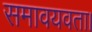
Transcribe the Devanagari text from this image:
समावयवता।